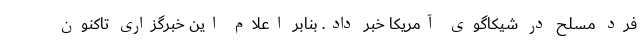
فرد مسلح در شیکاگوی آمریکا خبر داد. بنابر اعلام این خبرگزاری تاکنون